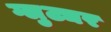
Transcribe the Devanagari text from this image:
ग्लुट्यर